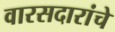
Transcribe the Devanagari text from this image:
वारसदारांचे